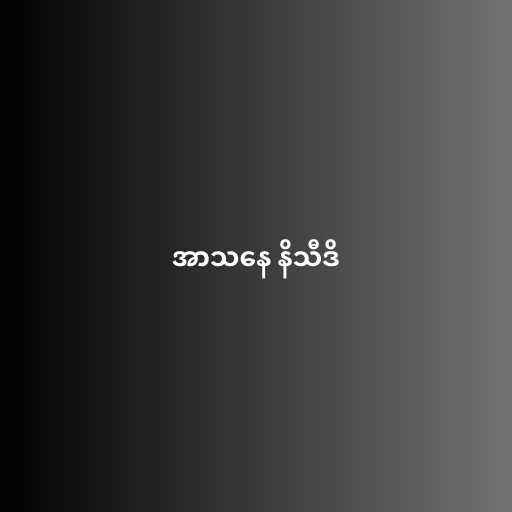
အာသနေ နိသီဒိ